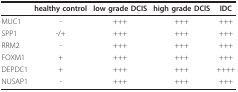
|  | healthy control | low grade DCIS | high grade DCIS | IDC |
 | --- | --- | --- | --- | --- |
 | MUC1 | - | +++ | +++ | +++ |
 | SPP1 | -/+ | +++ | +++ | +++ |
 | RRM2 | - | +++ | +++ | +++ |
 | FOXM1 | + | +++ | +++ | +++ |
 | DEPDC1 | + | +++ | +++ | ++++ |
 | NUSAP1 | - | +++ | +++ | +++ |